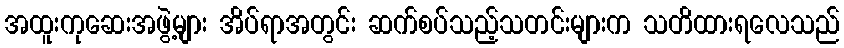
အထူးကုဆေးအဖွဲ့များ အိပ်ရာအတွင်း ဆက်စပ်သည့်သတင်းများက သတိထားရလေသည်